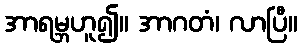
အာရမ္ဘဟူ၍။ အာဂတံ၊ လာပြီ။